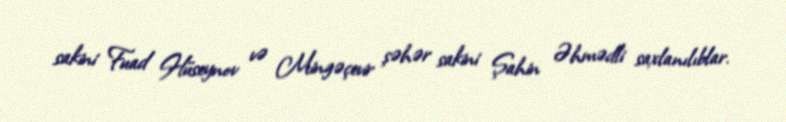
sakini Fuad Hüseynov və Mingəçevir şəhər sakini Şahin Əhmədli saxlanılıblar.